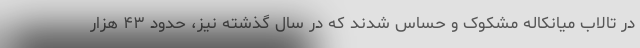
در تالاب میانکاله مشکوک و حساس شدند که در سال گذشته نیز، حدود ۴۳ هزار